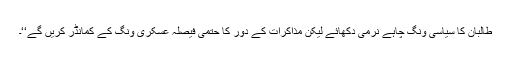
طالبان کا سیاسی ونگ چاہے نرمی دکھائے لیکن مذاکرات کے دور کا حتمی فیصلہ عسکری ونگ کے کمانڈر کریں گے‘‘۔